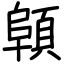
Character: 顊